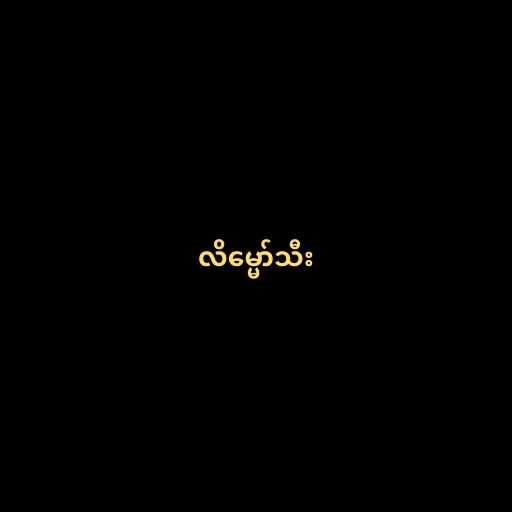
လိမ္မော်သီး